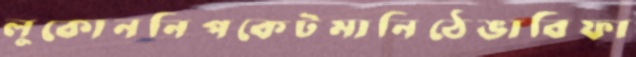
লুকোননিপকেটমানিঠেঙাবিফা